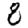
Digit: 8